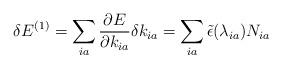
LaTeX: \begin{align*} \delta E^{(1)} = \sum_{ia}\frac{\partial E}{\partial k_{ia}}\delta k_{ia} = \sum_{ia}\tilde{\epsilon}(\lambda_{ia})N_{ia}\end{align*}